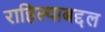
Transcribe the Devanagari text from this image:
राहिल्याबद्दल